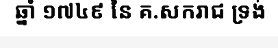
ឆ្នាំ ១៧៤៩ នៃ គ.សករាជ ទ្រង់